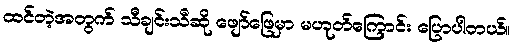
ထင်တဲ့အတွက် သီချင်းသီဆို ဖျော်ဖြေမှာ မဟုတ်ကြောင်း ပြောပါတယ်။